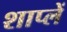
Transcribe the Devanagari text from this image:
शाप्लें